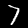
Digit: 7